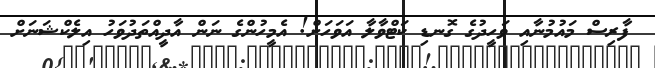
ފާރިސް މައުމުނާއި ވަހީދުގެ ގޮނޑި ކަޓްވާލާ އަވަހަށް! އެމީހުންގެ ނަން އާދީއްތަދުވަހު އިލެކްޝަނަށް